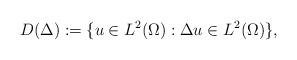
LaTeX: \begin{align*}D(\Delta):= \{ u\in L^2(\Omega) : \Delta u\in L^2(\Omega) \},\end{align*}